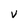
Character: V